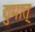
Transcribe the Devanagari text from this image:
द्युमात्